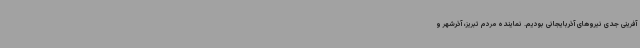
آفرینی جدی نیروهای آذربایجانی بودیم. نماینده مردم تبریز، آذرشهر و